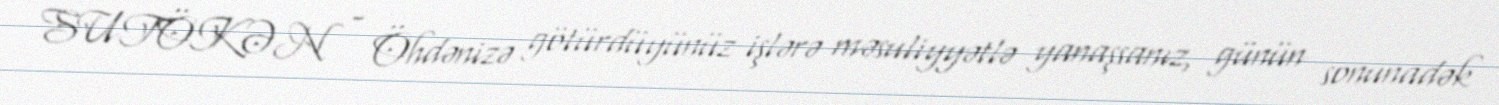
SUTÖKƏN - Öhdənizə götürdüyünüz işlərə məsuliyyətlə yanaşsanız, günün sonunadək